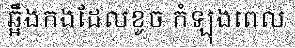
ឆ្អឹងកងដែលខូច កំឡុងពេល